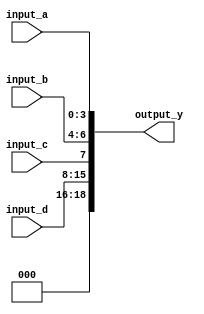
module ConcatenationContinuousAssignment (
    input wire [3:0] input_a,    // 4-bit input
    input wire [2:0] input_b,    // 3-bit input
    input wire input_c,          // 1-bit input
    input wire [7:0] input_d,    // 8-bit input
    output wire [18:0] output_y  // Concatenated output (4 + 3 + 1 + 8 = 16 bits)
);

// Concatenate inputs together
assign output_y = {input_d, input_c, input_b, input_a}; // Order: input_d, input_c, input_b, input_a

endmodule